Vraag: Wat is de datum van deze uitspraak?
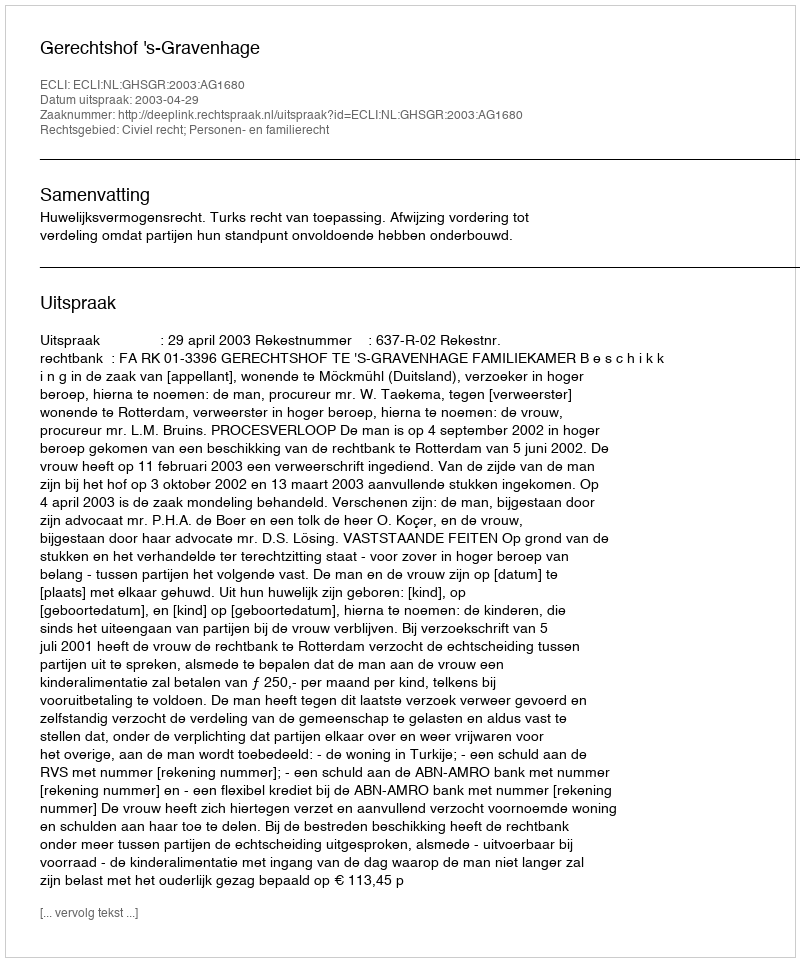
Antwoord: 2003-04-29